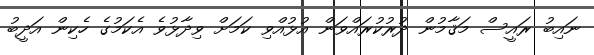
ނައިބު ރައީސް މަޤާމުން ދުރުކުރައްވަން އުޅުއްވި ކަމަށް ވިދާޅުވެ އެކަމުގެ ހެކިން އަދީބު